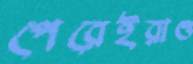
পেরেইরাও